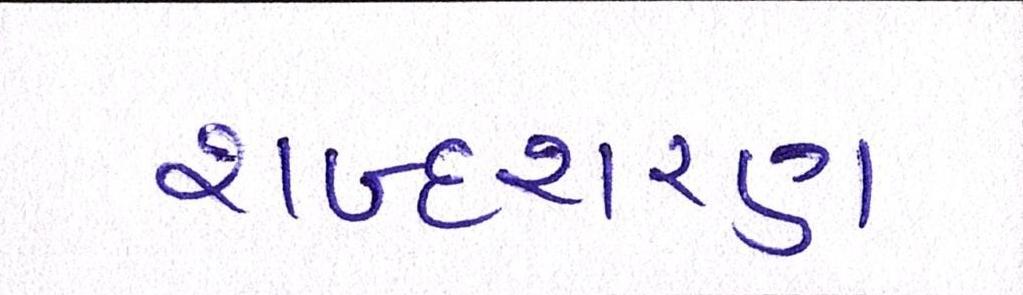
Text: શબ્દશરણ